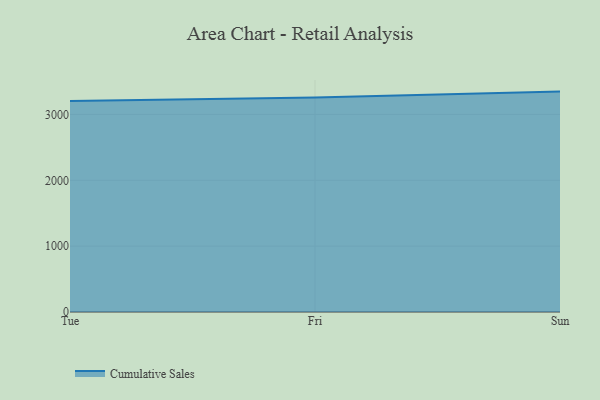
{"axis": {"x": "Day", "y": "Operating Costs (USD K)"}, "legend": ["Cumulative Sales"], "data": [{"x": "Tue", "y": 3203.1, "type": "Cumulative Sales"}, {"x": "Fri", "y": 3256.6, "type": "Cumulative Sales"}, {"x": "Sun", "y": 3347.1, "type": "Cumulative Sales"}]}